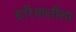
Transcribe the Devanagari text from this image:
हरियालीला